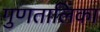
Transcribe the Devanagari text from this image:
गुणतालिका